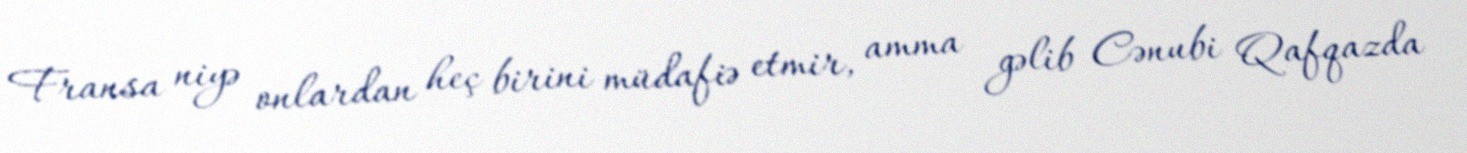
Fransa niyə onlardan heç birini müdafiə etmir, amma gəlib Cənubi Qafqazda